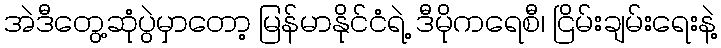
အဲဒီတွေ့ဆုံပွဲမှာတော့ မြန်မာနိုင်ငံရဲ့ ဒီမိုကရေစီ၊ ငြိမ်းချမ်းရေးနဲ့